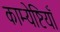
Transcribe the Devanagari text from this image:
काम्येष्टियाँ